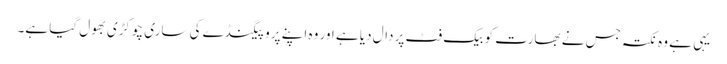
یہی ہے وہ نکتہ جس نے بھارت کو بیک فٹ پر دال دیا ہے اور وہ اپنے پروپیگنڈے کی ساری چوکڑی بھول گیا ہے۔